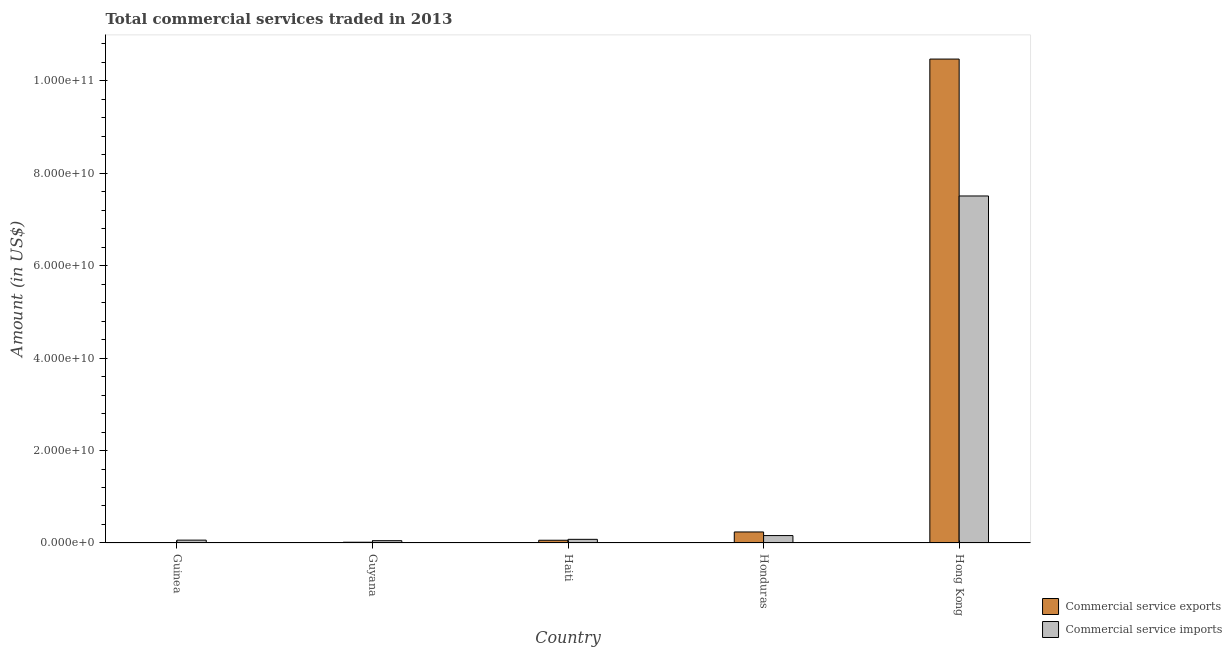
| Country | Commercial service exports | Commercial service imports |
 | --- | --- | --- |
 | Guinea | 1e+08 | 6.19e+08 |
 | Guyana | 1.65e+08 | 5e+08 |
 | Haiti | 5.95e+08 | 7.92e+08 |
 | Honduras | 2.39e+09 | 1.6e+09 |
 | Hong Kong | 1.05e+11 | 7.5e+10 |